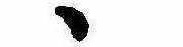
ゝ